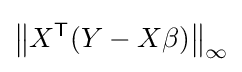
\left\|X^{\mathsf {T}}(Y-X\beta )\right\|_{\infty }